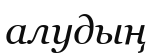
алудың